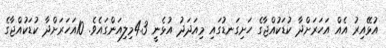
އުޅޭއިރު އެއް އަހަރަށްދާ ކުޑަކުއްޖާގެ ހަށިގަނޑުގައި މިއަދަދު އުޅެނީ 4.3މިލިއަންގައެވެ. 10އަހަރަށްދާ ކުޑަކުއްޖާގެ